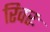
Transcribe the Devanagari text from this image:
रिवरः